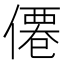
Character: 僊